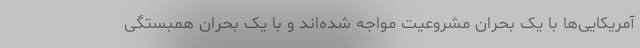
آمریکایی‌ها با یک بحران مشروعیت مواجه شده‌اند و با یک بحران همبستگی